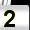
Digit: 2